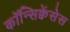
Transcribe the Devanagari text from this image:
कॉन्सिक्वेंसेस